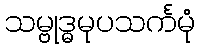
သမ္ဗုဒ္ဓမုပသင်္ကမုံ